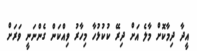
އީދާ ދިމާކޮށް މާލެ އަށް ދިރޭ ކުކުޅުހާ މިހާރު ވިއްކަން ގެންނަނީ ވަރަށް